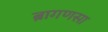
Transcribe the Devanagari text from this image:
ब्रागणसा